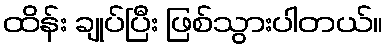
ထိန်း ချုပ်ပြီး ဖြစ်သွားပါတယ်။